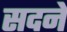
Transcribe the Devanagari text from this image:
सदने